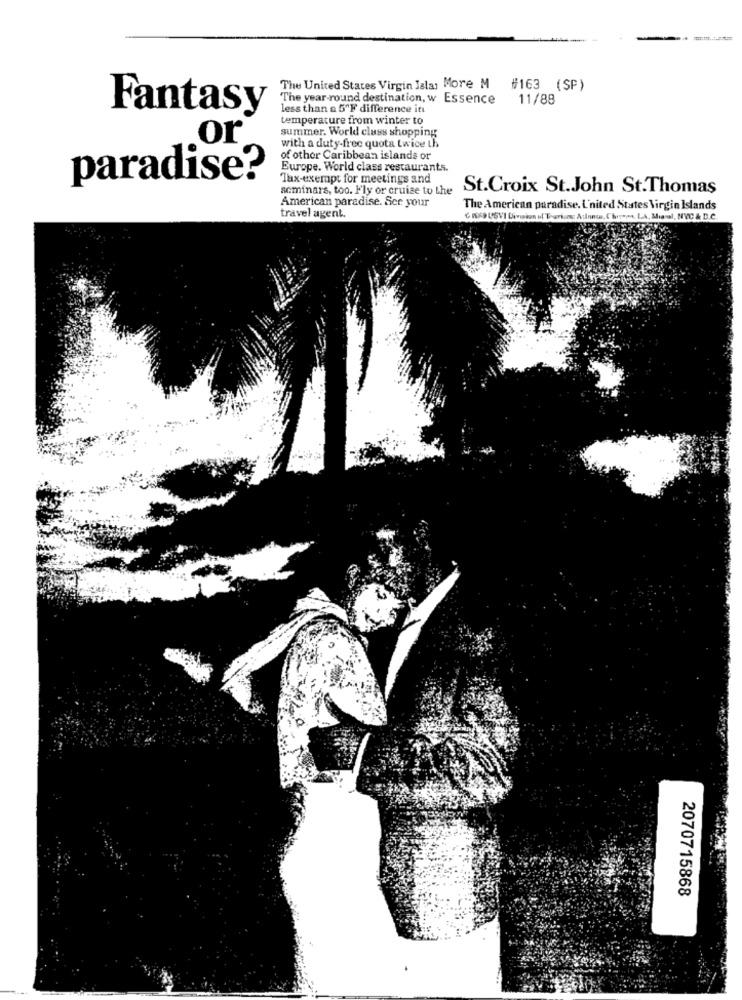
The United States Virgin Islas More M #163 (SF)
The year-round destination, w Essence
11/88
Fantasy
less than a 5"F difference itt
temperature from winter to
or
summer. World class shopping
with a duty-free quota Lwice th
of other Caribbean islands or
Europe. World class restaurants.
paradise?
Tax-exempt for meetings and
seminars, too. Fly or cruise to Lhe
St.Croix St.John St.Thomas
American paradise. See your
The American paradise. L'nited States Virgin Islands
travel agent.
C WS9 USVI Division of Touriuns Asinner, Chiapas, LA, Maral, NVC & D.C.
2070715868